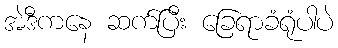
အဲဒီကနေ ဆက်ပြီး ခြေရာခံရုံပါပဲ